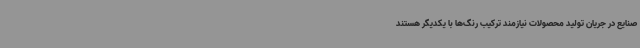
صنایع در جریان تولید محصولات نیازمند ترکیب رنگ‌ها با یکدیگر هستند